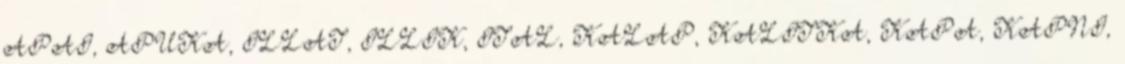
APAI, APUKA, ILLAT, ILLIK, ITAL, KALAP, KALITKA, KAPA, KAPNI,